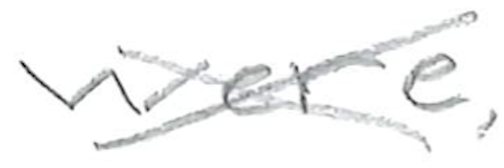
Text: were,
Cross-out: cross
Writing tool: pencil